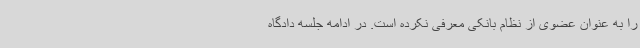
را به عنوان عضوی از نظام بانکی معرفی نکرده است. در ادامه جلسه دادگاه